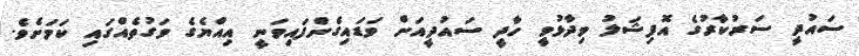
ސައުދީ ސަރުކާރުގެ އޮފިޝަލު ވިދާޅުވީ ހާދީ ސައުދީއަށް ވަޑައިގެންފައިވަނީ އިއްޔެގެ ވަގުތެއްގައި ކަމަށެވެ.